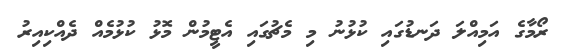
ރޯމާގެ އަމިއްލަ ދަނޑުގައި ކުޅުނު މި މެޗުގައި އެޓީމުން މޮޅު ކުޅުމެއް ދެއްކިއިރު